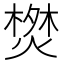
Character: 𭫬